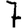
Digit: 7